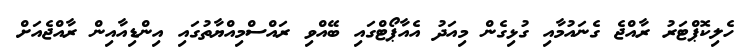
ހެލިކޮޕްޓަރު ރާއްޖެ ގެނައުމާއި ގުޅިގެން މިއަދު އެއާޕޯޓްގައި ބޭއްވި ރައްސްމިއްޔާތުގައި އިންޑިއާއިން ރާއްޖެއަށް